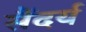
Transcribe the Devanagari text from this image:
सैंदर्य